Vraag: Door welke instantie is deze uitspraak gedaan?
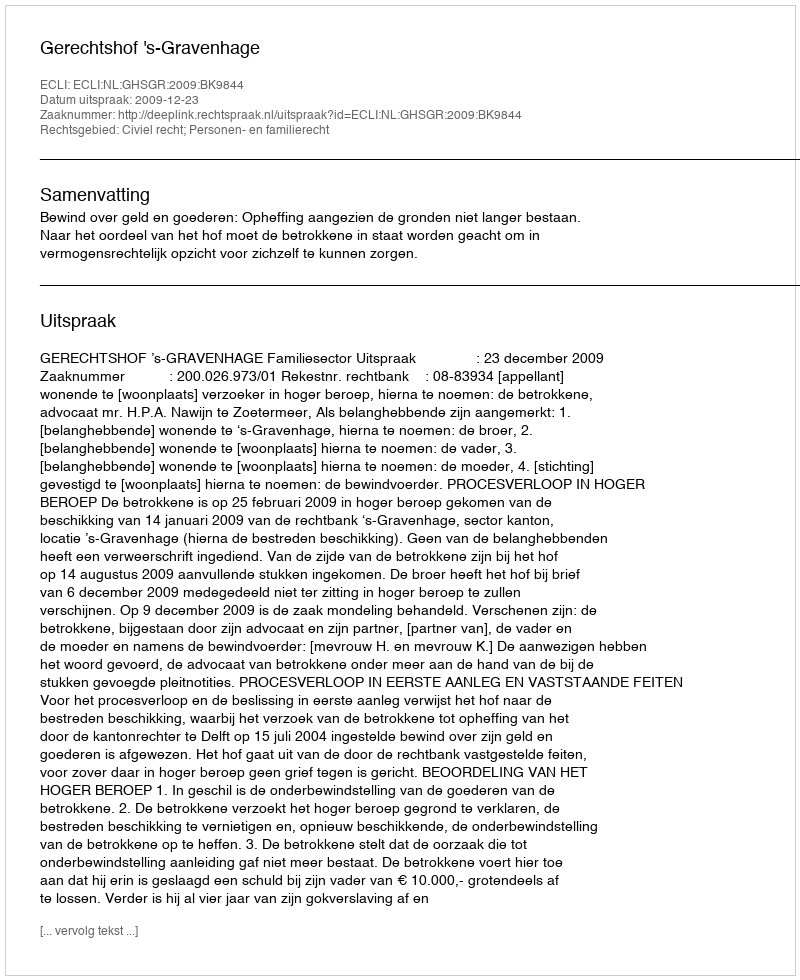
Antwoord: Gerechtshof 's-Gravenhage